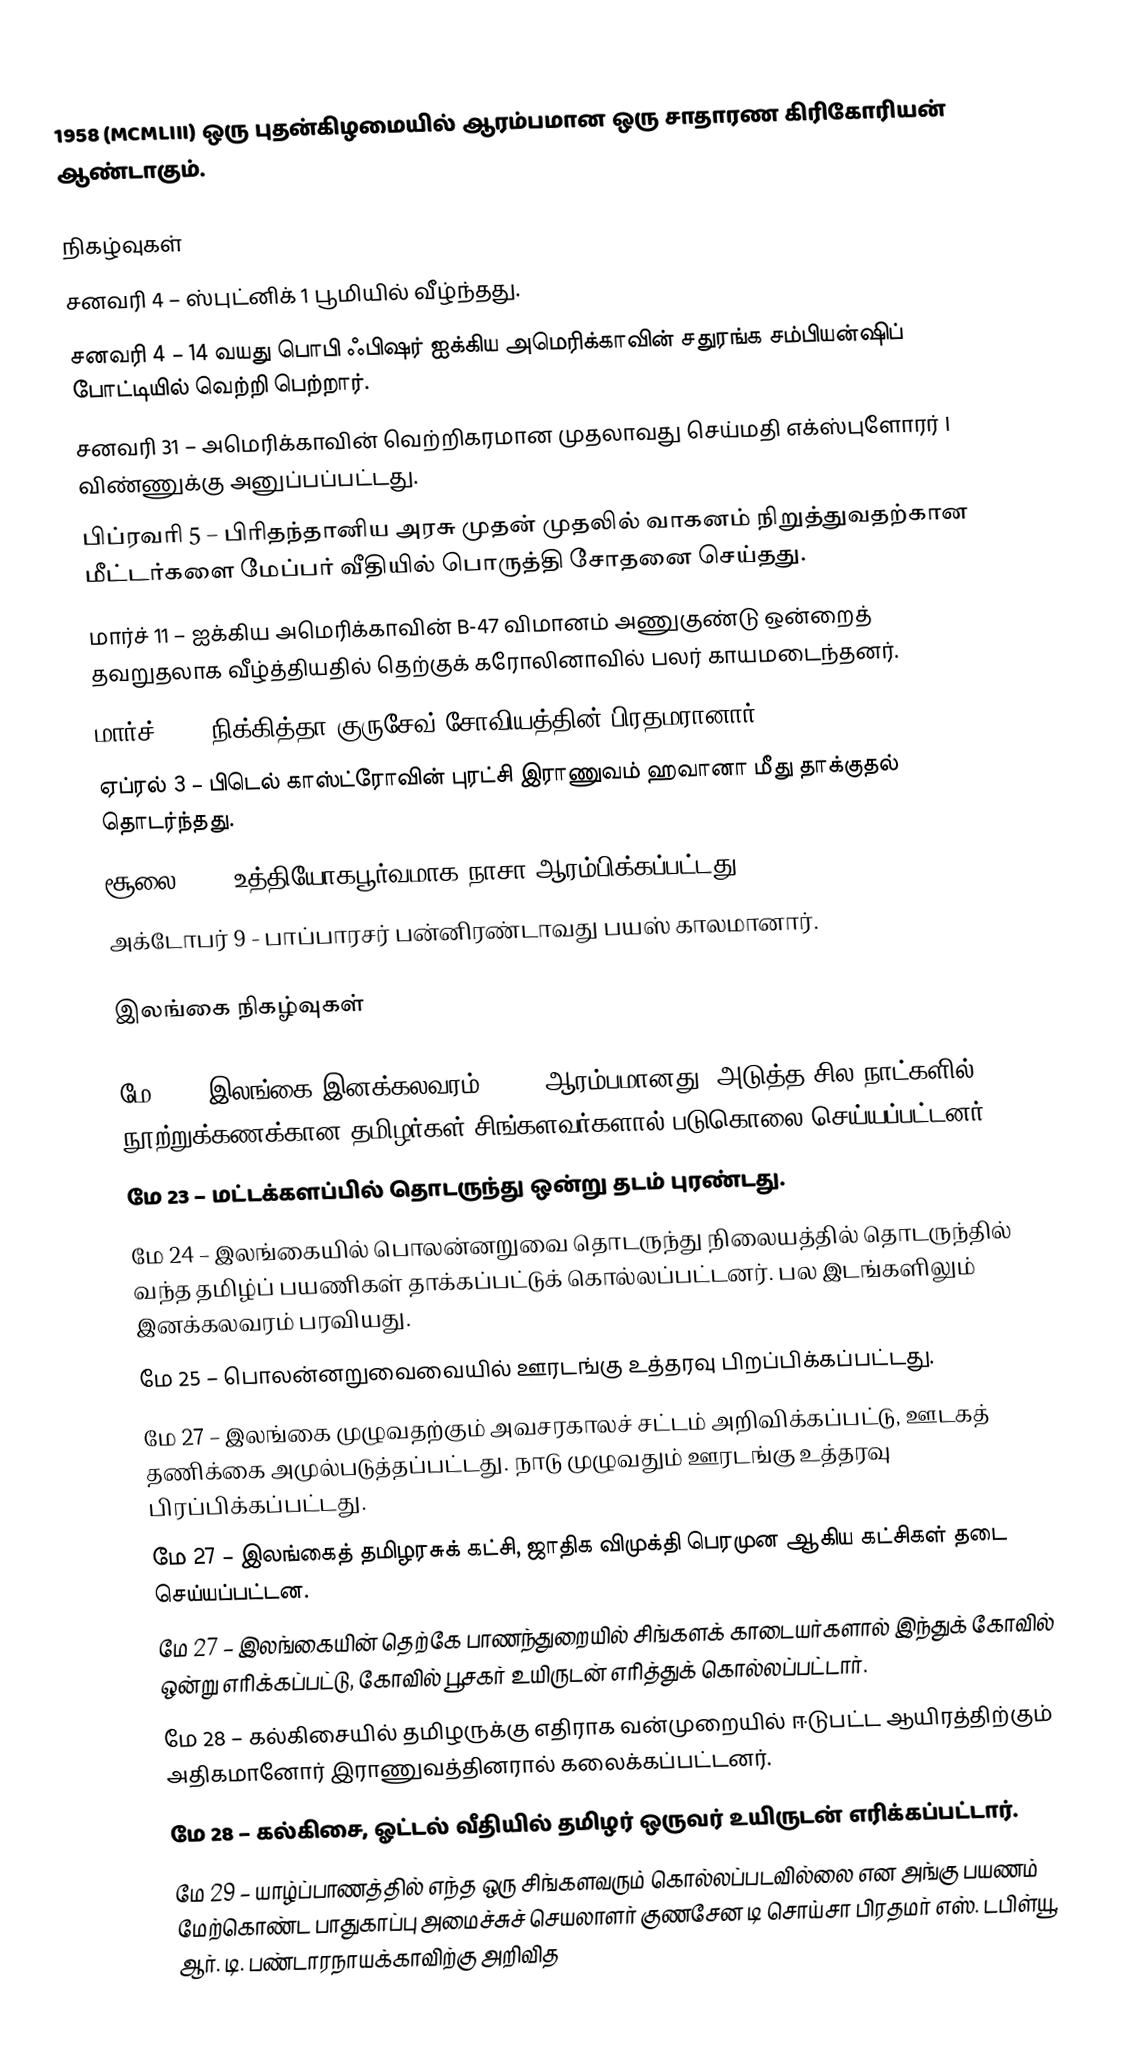
1958  (MCMLIII) ஒரு புதன்கிழமையில் ஆரம்பமான ஒரு சாதாரண கிரிகோரியன் ஆண்டாகும்.

நிகழ்வுகள்
சனவரி 4 – ஸ்புட்னிக் 1 பூமியில் வீழ்ந்தது.
சனவரி 4 – 14 வயது பொபி ஃபிஷர் ஐக்கிய அமெரிக்காவின் சதுரங்க சம்பியன்ஷிப் போட்டியில் வெற்றி பெற்றார்.
சனவரி 31 – அமெரிக்காவின் வெற்றிகரமான முதலாவது செய்மதி எக்ஸ்புளோரர் I விண்ணுக்கு அனுப்பப்பட்டது.
பிப்ரவரி 5 – பிரிதந்தானிய அரசு முதன் முதலில் வாகனம் நிறுத்துவதற்கான மீட்டர்களை மேப்பர் வீதியில் பொருத்தி சோதனை செய்தது.
மார்ச் 11 – ஐக்கிய அமெரிக்காவின் B-47 விமானம் அணுகுண்டு ஒன்றைத் தவறுதலாக வீழ்த்தியதில் தெற்குக் கரோலினாவில் பலர் காயமடைந்தனர்.
மார்ச் 27 – நிக்கித்தா குருசேவ் சோவியத்தின் பிரதமரானார்.
ஏப்ரல் 3 – பிடெல் காஸ்ட்ரோவின் புரட்சி இராணுவம் ஹவானா மீது தாக்குதல் தொடர்ந்தது.
சூலை 29 - உத்தியோகபூர்வமாக நாசா ஆரம்பிக்கப்பட்டது.
அக்டோபர் 9 - பாப்பாரசர் பன்னிரண்டாவது பயஸ் காலமானார்.

இலங்கை நிகழ்வுகள்

மே 22 – இலங்கை இனக்கலவரம், 1958 ஆரம்பமானது. அடுத்த சில நாட்களில் நூற்றுக்கணக்கான தமிழர்கள் சிங்களவர்களால் படுகொலை செய்யப்பட்டனர்.
மே 23 – மட்டக்களப்பில் தொடருந்து ஒன்று தடம் புரண்டது.
மே 24 – இலங்கையில் பொலன்னறுவை தொடருந்து நிலையத்தில் தொடருந்தில் வந்த தமிழ்ப் பயணிகள் தாக்கப்பட்டுக் கொல்லப்பட்டனர். பல இடங்களிலும் இனக்கலவரம் பரவியது.
மே 25 – பொலன்னறுவைவையில் ஊரடங்கு உத்தரவு பிறப்பிக்கப்பட்டது.
மே 27 – இலங்கை முழுவதற்கும் அவசரகாலச் சட்டம் அறிவிக்கப்பட்டு, ஊடகத் தணிக்கை அமுல்படுத்தப்பட்டது. நாடு முழுவதும் ஊரடங்கு உத்தரவு பிரப்பிக்கப்பட்டது.
மே 27 – இலங்கைத் தமிழரசுக் கட்சி, ஜாதிக விமுக்தி பெரமுன ஆகிய கட்சிகள் தடை செய்யப்பட்டன.
மே 27 – இலங்கையின் தெற்கே பாணந்துறையில் சிங்களக் காடையர்களால் இந்துக் கோவில் ஒன்று எரிக்கப்பட்டு, கோவில் பூசகர் உயிருடன் எரித்துக் கொல்லப்பட்டார்.
மே 28 – கல்கிசையில் தமிழருக்கு எதிராக வன்முறையில் ஈடுபட்ட ஆயிரத்திற்கும் அதிகமானோர் இராணுவத்தினரால் கலைக்கப்பட்டனர்.
மே 28 – கல்கிசை, ஓட்டல் வீதியில் தமிழர் ஒருவர் உயிருடன் எரிக்கப்பட்டார்.
மே 29 – யாழ்ப்பாணத்தில் எந்த ஒரு சிங்களவரும் கொல்லப்படவில்லை என அங்கு பயணம் மேற்கொண்ட பாதுகாப்பு அமைச்சுச் செயலாளர் குணசேன டி சொய்சா பிரதமர் எஸ். டபிள்யூ. ஆர். டி. பண்டாரநாயக்காவிற்கு அறிவித